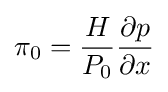
\pi _{0}={\frac {H}{P_{0}}}{\frac {\partial p}{\partial x}}